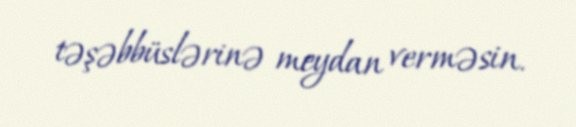
təşəbbüslərinə meydan verməsin.